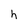
Character: h